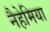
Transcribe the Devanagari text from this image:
नैहेमिया